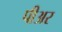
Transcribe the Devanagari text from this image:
पीअर